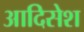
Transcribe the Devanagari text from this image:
आदिसेश